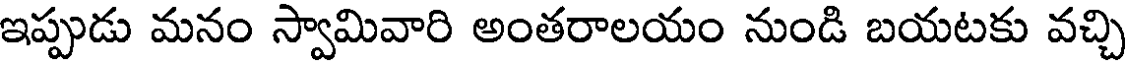
ఇప్పుడు మనం స్వామివారి అంతరాలయం నుండి బయటకు వచ్చి